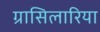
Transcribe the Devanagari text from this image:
ग्रासिलारिया